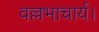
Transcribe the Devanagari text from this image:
वल्लभाचार्य।